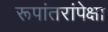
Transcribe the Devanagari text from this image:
रूपांतरांपेक्षा